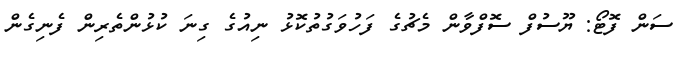
ސަން ފޮޓޯ: ޔޫސުފް ސޮފްވާން މެޗުގެ ފަހުވަގުތުކޮޅު ނިއުގެ ގިނަ ކުޅުންތެރިން ފެނިގެން